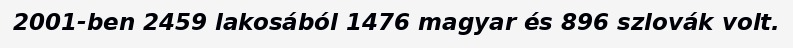
2001-ben 2459 lakosából 1476 magyar és 896 szlovák volt.